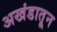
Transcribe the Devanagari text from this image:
अखंडातून